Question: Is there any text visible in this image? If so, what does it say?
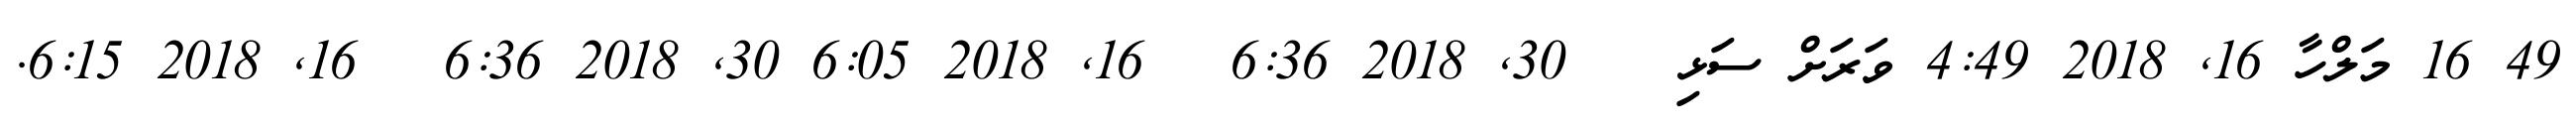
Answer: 49 16 މަލްހާ 16, 2018 4:49 ވަރަށް ސަޅި ?? 30, 2018 6:36 ? 16, 2018 6:05 30, 2018 6:36 ? 16, 2018 6:15.